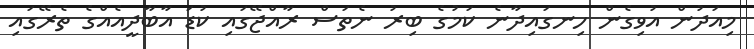
މިއަދުން އުވިގެން ހިނގައިދާނެ ކަމުގެ ބިރު ނެތަސް ރާއްޖޭގައި ކުޑަ އާބާދީއެއްގެ ތެރޭގައި